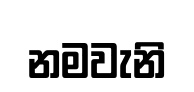
නමවැනි